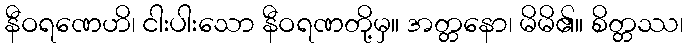
နီဝရဏေဟိ၊ ငါးပါးသော နီဝရဏတို့မှ။ အတ္တနော၊ မိမိ၏။ စိတ္တဿ၊